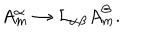
LaTeX: A _ { m } ^ { \alpha } \rightarrow { \cal L } _ { \alpha \beta } A _ { m } ^ { \beta } .